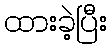
ထားခဲ့ပြီး